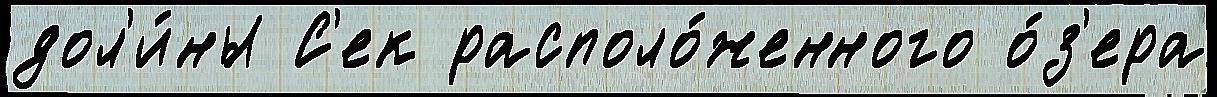
дол'и́ны С'ек располо́женного о́з'ера